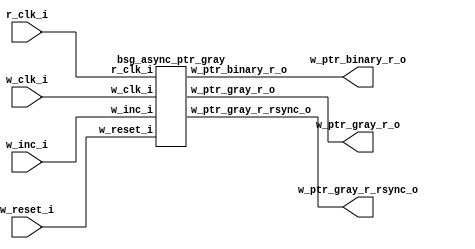


module top
(
  w_clk_i,
  w_reset_i,
  w_inc_i,
  r_clk_i,
  w_ptr_binary_r_o,
  w_ptr_gray_r_o,
  w_ptr_gray_r_rsync_o
);

  output [4:0] w_ptr_binary_r_o;
  output [4:0] w_ptr_gray_r_o;
  output [4:0] w_ptr_gray_r_rsync_o;
  input w_clk_i;
  input w_reset_i;
  input w_inc_i;
  input r_clk_i;

  bsg_async_ptr_gray
  wrapper
  (
    .w_ptr_binary_r_o(w_ptr_binary_r_o),
    .w_ptr_gray_r_o(w_ptr_gray_r_o),
    .w_ptr_gray_r_rsync_o(w_ptr_gray_r_rsync_o),
    .w_clk_i(w_clk_i),
    .w_reset_i(w_reset_i),
    .w_inc_i(w_inc_i),
    .r_clk_i(r_clk_i)
  );


endmodule



module bsg_launch_sync_sync_posedge_5_unit
(
  iclk_i,
  iclk_reset_i,
  oclk_i,
  iclk_data_i,
  iclk_data_o,
  oclk_data_o
);

  input [4:0] iclk_data_i;
  output [4:0] iclk_data_o;
  output [4:0] oclk_data_o;
  input iclk_i;
  input iclk_reset_i;
  input oclk_i;
  wire [4:0] iclk_data_o,oclk_data_o,bsg_SYNC_1_r;
  reg iclk_data_o_4_sv2v_reg,iclk_data_o_3_sv2v_reg,iclk_data_o_2_sv2v_reg,
  iclk_data_o_1_sv2v_reg,iclk_data_o_0_sv2v_reg,bsg_SYNC_1_r_4_sv2v_reg,
  bsg_SYNC_1_r_3_sv2v_reg,bsg_SYNC_1_r_2_sv2v_reg,bsg_SYNC_1_r_1_sv2v_reg,bsg_SYNC_1_r_0_sv2v_reg,
  oclk_data_o_4_sv2v_reg,oclk_data_o_3_sv2v_reg,oclk_data_o_2_sv2v_reg,
  oclk_data_o_1_sv2v_reg,oclk_data_o_0_sv2v_reg;
  assign iclk_data_o[4] = iclk_data_o_4_sv2v_reg;
  assign iclk_data_o[3] = iclk_data_o_3_sv2v_reg;
  assign iclk_data_o[2] = iclk_data_o_2_sv2v_reg;
  assign iclk_data_o[1] = iclk_data_o_1_sv2v_reg;
  assign iclk_data_o[0] = iclk_data_o_0_sv2v_reg;
  assign bsg_SYNC_1_r[4] = bsg_SYNC_1_r_4_sv2v_reg;
  assign bsg_SYNC_1_r[3] = bsg_SYNC_1_r_3_sv2v_reg;
  assign bsg_SYNC_1_r[2] = bsg_SYNC_1_r_2_sv2v_reg;
  assign bsg_SYNC_1_r[1] = bsg_SYNC_1_r_1_sv2v_reg;
  assign bsg_SYNC_1_r[0] = bsg_SYNC_1_r_0_sv2v_reg;
  assign oclk_data_o[4] = oclk_data_o_4_sv2v_reg;
  assign oclk_data_o[3] = oclk_data_o_3_sv2v_reg;
  assign oclk_data_o[2] = oclk_data_o_2_sv2v_reg;
  assign oclk_data_o[1] = oclk_data_o_1_sv2v_reg;
  assign oclk_data_o[0] = oclk_data_o_0_sv2v_reg;

  always @(posedge iclk_i) begin
    if(iclk_reset_i) begin
      iclk_data_o_4_sv2v_reg <= 1'b0;
      iclk_data_o_3_sv2v_reg <= 1'b0;
      iclk_data_o_2_sv2v_reg <= 1'b0;
      iclk_data_o_1_sv2v_reg <= 1'b0;
      iclk_data_o_0_sv2v_reg <= 1'b0;
    end else if(1'b1) begin
      iclk_data_o_4_sv2v_reg <= iclk_data_i[4];
      iclk_data_o_3_sv2v_reg <= iclk_data_i[3];
      iclk_data_o_2_sv2v_reg <= iclk_data_i[2];
      iclk_data_o_1_sv2v_reg <= iclk_data_i[1];
      iclk_data_o_0_sv2v_reg <= iclk_data_i[0];
    end 
  end


  always @(posedge oclk_i) begin
    if(1'b1) begin
      bsg_SYNC_1_r_4_sv2v_reg <= iclk_data_o[4];
      bsg_SYNC_1_r_3_sv2v_reg <= iclk_data_o[3];
      bsg_SYNC_1_r_2_sv2v_reg <= iclk_data_o[2];
      bsg_SYNC_1_r_1_sv2v_reg <= iclk_data_o[1];
      bsg_SYNC_1_r_0_sv2v_reg <= iclk_data_o[0];
      oclk_data_o_4_sv2v_reg <= bsg_SYNC_1_r[4];
      oclk_data_o_3_sv2v_reg <= bsg_SYNC_1_r[3];
      oclk_data_o_2_sv2v_reg <= bsg_SYNC_1_r[2];
      oclk_data_o_1_sv2v_reg <= bsg_SYNC_1_r[1];
      oclk_data_o_0_sv2v_reg <= bsg_SYNC_1_r[0];
    end 
  end


endmodule



module bsg_launch_sync_sync_width_p5_use_negedge_for_launch_p0_use_async_reset_p0
(
  iclk_i,
  iclk_reset_i,
  oclk_i,
  iclk_data_i,
  iclk_data_o,
  oclk_data_o
);

  input [4:0] iclk_data_i;
  output [4:0] iclk_data_o;
  output [4:0] oclk_data_o;
  input iclk_i;
  input iclk_reset_i;
  input oclk_i;
  wire [4:0] iclk_data_o,oclk_data_o;

  bsg_launch_sync_sync_posedge_5_unit
  \sync.p.z.blss 
  (
    .iclk_i(iclk_i),
    .iclk_reset_i(iclk_reset_i),
    .oclk_i(oclk_i),
    .iclk_data_i(iclk_data_i),
    .iclk_data_o(iclk_data_o),
    .oclk_data_o(oclk_data_o)
  );


endmodule



module bsg_async_ptr_gray
(
  w_clk_i,
  w_reset_i,
  w_inc_i,
  r_clk_i,
  w_ptr_binary_r_o,
  w_ptr_gray_r_o,
  w_ptr_gray_r_rsync_o
);

  output [4:0] w_ptr_binary_r_o;
  output [4:0] w_ptr_gray_r_o;
  output [4:0] w_ptr_gray_r_rsync_o;
  input w_clk_i;
  input w_reset_i;
  input w_inc_i;
  input r_clk_i;
  wire [4:0] w_ptr_binary_r_o,w_ptr_gray_r_o,w_ptr_gray_r_rsync_o,w_ptr_p1_r,w_ptr_p2,
  w_ptr_gray_n;
  wire N0,N1,N2,N3,N4,N5,N6;
  reg w_ptr_p1_r_4_sv2v_reg,w_ptr_p1_r_3_sv2v_reg,w_ptr_p1_r_2_sv2v_reg,
  w_ptr_p1_r_1_sv2v_reg,w_ptr_p1_r_0_sv2v_reg,w_ptr_binary_r_o_4_sv2v_reg,
  w_ptr_binary_r_o_3_sv2v_reg,w_ptr_binary_r_o_2_sv2v_reg,w_ptr_binary_r_o_1_sv2v_reg,
  w_ptr_binary_r_o_0_sv2v_reg;
  assign w_ptr_p1_r[4] = w_ptr_p1_r_4_sv2v_reg;
  assign w_ptr_p1_r[3] = w_ptr_p1_r_3_sv2v_reg;
  assign w_ptr_p1_r[2] = w_ptr_p1_r_2_sv2v_reg;
  assign w_ptr_p1_r[1] = w_ptr_p1_r_1_sv2v_reg;
  assign w_ptr_p1_r[0] = w_ptr_p1_r_0_sv2v_reg;
  assign w_ptr_binary_r_o[4] = w_ptr_binary_r_o_4_sv2v_reg;
  assign w_ptr_binary_r_o[3] = w_ptr_binary_r_o_3_sv2v_reg;
  assign w_ptr_binary_r_o[2] = w_ptr_binary_r_o_2_sv2v_reg;
  assign w_ptr_binary_r_o[1] = w_ptr_binary_r_o_1_sv2v_reg;
  assign w_ptr_binary_r_o[0] = w_ptr_binary_r_o_0_sv2v_reg;

  bsg_launch_sync_sync_width_p5_use_negedge_for_launch_p0_use_async_reset_p0
  ptr_sync
  (
    .iclk_i(w_clk_i),
    .iclk_reset_i(w_reset_i),
    .oclk_i(r_clk_i),
    .iclk_data_i(w_ptr_gray_n),
    .iclk_data_o(w_ptr_gray_r_o),
    .oclk_data_o(w_ptr_gray_r_rsync_o)
  );

  assign w_ptr_p2 = w_ptr_p1_r + 1'b1;
  assign w_ptr_gray_n = (N0)? { w_ptr_p1_r[4:4], N3, N4, N5, N6 } : 
                        (N1)? w_ptr_gray_r_o : 1'b0;
  assign N0 = w_inc_i;
  assign N1 = N2;
  assign N2 = ~w_inc_i;
  assign N3 = w_ptr_p1_r[4] ^ w_ptr_p1_r[3];
  assign N4 = w_ptr_p1_r[3] ^ w_ptr_p1_r[2];
  assign N5 = w_ptr_p1_r[2] ^ w_ptr_p1_r[1];
  assign N6 = w_ptr_p1_r[1] ^ w_ptr_p1_r[0];

  always @(posedge w_clk_i) begin
    if(w_reset_i) begin
      w_ptr_p1_r_4_sv2v_reg <= 1'b0;
      w_ptr_p1_r_3_sv2v_reg <= 1'b0;
      w_ptr_p1_r_2_sv2v_reg <= 1'b0;
      w_ptr_p1_r_1_sv2v_reg <= 1'b0;
      w_ptr_p1_r_0_sv2v_reg <= 1'b1;
      w_ptr_binary_r_o_4_sv2v_reg <= 1'b0;
      w_ptr_binary_r_o_3_sv2v_reg <= 1'b0;
      w_ptr_binary_r_o_2_sv2v_reg <= 1'b0;
      w_ptr_binary_r_o_1_sv2v_reg <= 1'b0;
      w_ptr_binary_r_o_0_sv2v_reg <= 1'b0;
    end else if(w_inc_i) begin
      w_ptr_p1_r_4_sv2v_reg <= w_ptr_p2[4];
      w_ptr_p1_r_3_sv2v_reg <= w_ptr_p2[3];
      w_ptr_p1_r_2_sv2v_reg <= w_ptr_p2[2];
      w_ptr_p1_r_1_sv2v_reg <= w_ptr_p2[1];
      w_ptr_p1_r_0_sv2v_reg <= w_ptr_p2[0];
      w_ptr_binary_r_o_4_sv2v_reg <= w_ptr_p1_r[4];
      w_ptr_binary_r_o_3_sv2v_reg <= w_ptr_p1_r[3];
      w_ptr_binary_r_o_2_sv2v_reg <= w_ptr_p1_r[2];
      w_ptr_binary_r_o_1_sv2v_reg <= w_ptr_p1_r[1];
      w_ptr_binary_r_o_0_sv2v_reg <= w_ptr_p1_r[0];
    end 
  end


endmodule